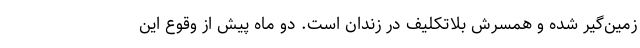
زمین‌گیر شده و همسرش بلاتکلیف در زندان است. دو ماه پیش از وقوع این